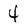
Character: 4